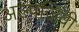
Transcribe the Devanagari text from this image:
अल्पजिवी